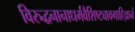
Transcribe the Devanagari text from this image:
विरुद्धनानाधर्मवैशिष्ट्यावगाहिज्ञानं